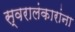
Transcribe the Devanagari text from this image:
स्वरालंकारांना